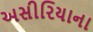
અસીરિયાના